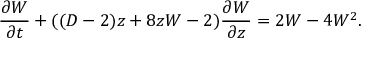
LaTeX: \frac { \partial W } { \partial t } + ( ( D - 2 ) z + 8 z W - 2 ) \frac { \partial W } { \partial z } = 2 W - 4 W ^ { 2 } .